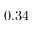
0 . 3 4